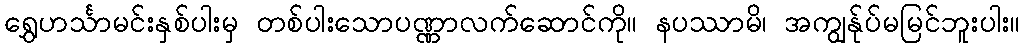
ရွှေဟင်္သာမင်းနှစ်ပါးမှ တစ်ပါးသောပဏ္ဏာလက်ဆောင်ကို။ နပဿာမိ၊ အကျွန်ုပ်မမြင်ဘူးပါး။